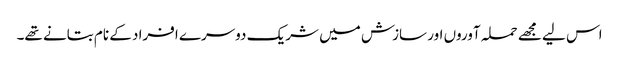
اس لیے مجھے حملہ آوروں اور سازش میں شریک دوسرے افراد کے نام بتانے تھے۔